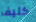
كليف